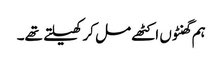
ہم گھنٹوں اکٹھے مل کر کھیلتے تھے۔